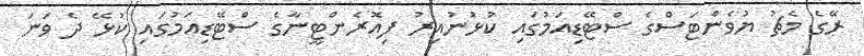
ރޭގެ މެޗު ޔުވެންޓަސްގެ ސްޓޭޑިއަމުގައި ކުޅުނުއިރު ފިއޮރެންޓީނާގެ ސްޓޭޑިއަމުގައި ކުޅޭ ދެ ވަނަ